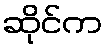
ဆိုင်က